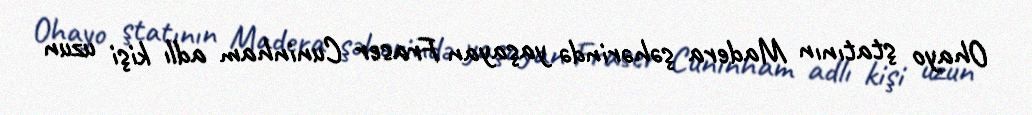
Ohayo ştatının Madera şəhərində yaşayan Fraser Cuninham adlı kişi uzun